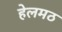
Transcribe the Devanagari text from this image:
हेलमठ